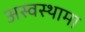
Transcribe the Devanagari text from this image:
अस्वस्थामा